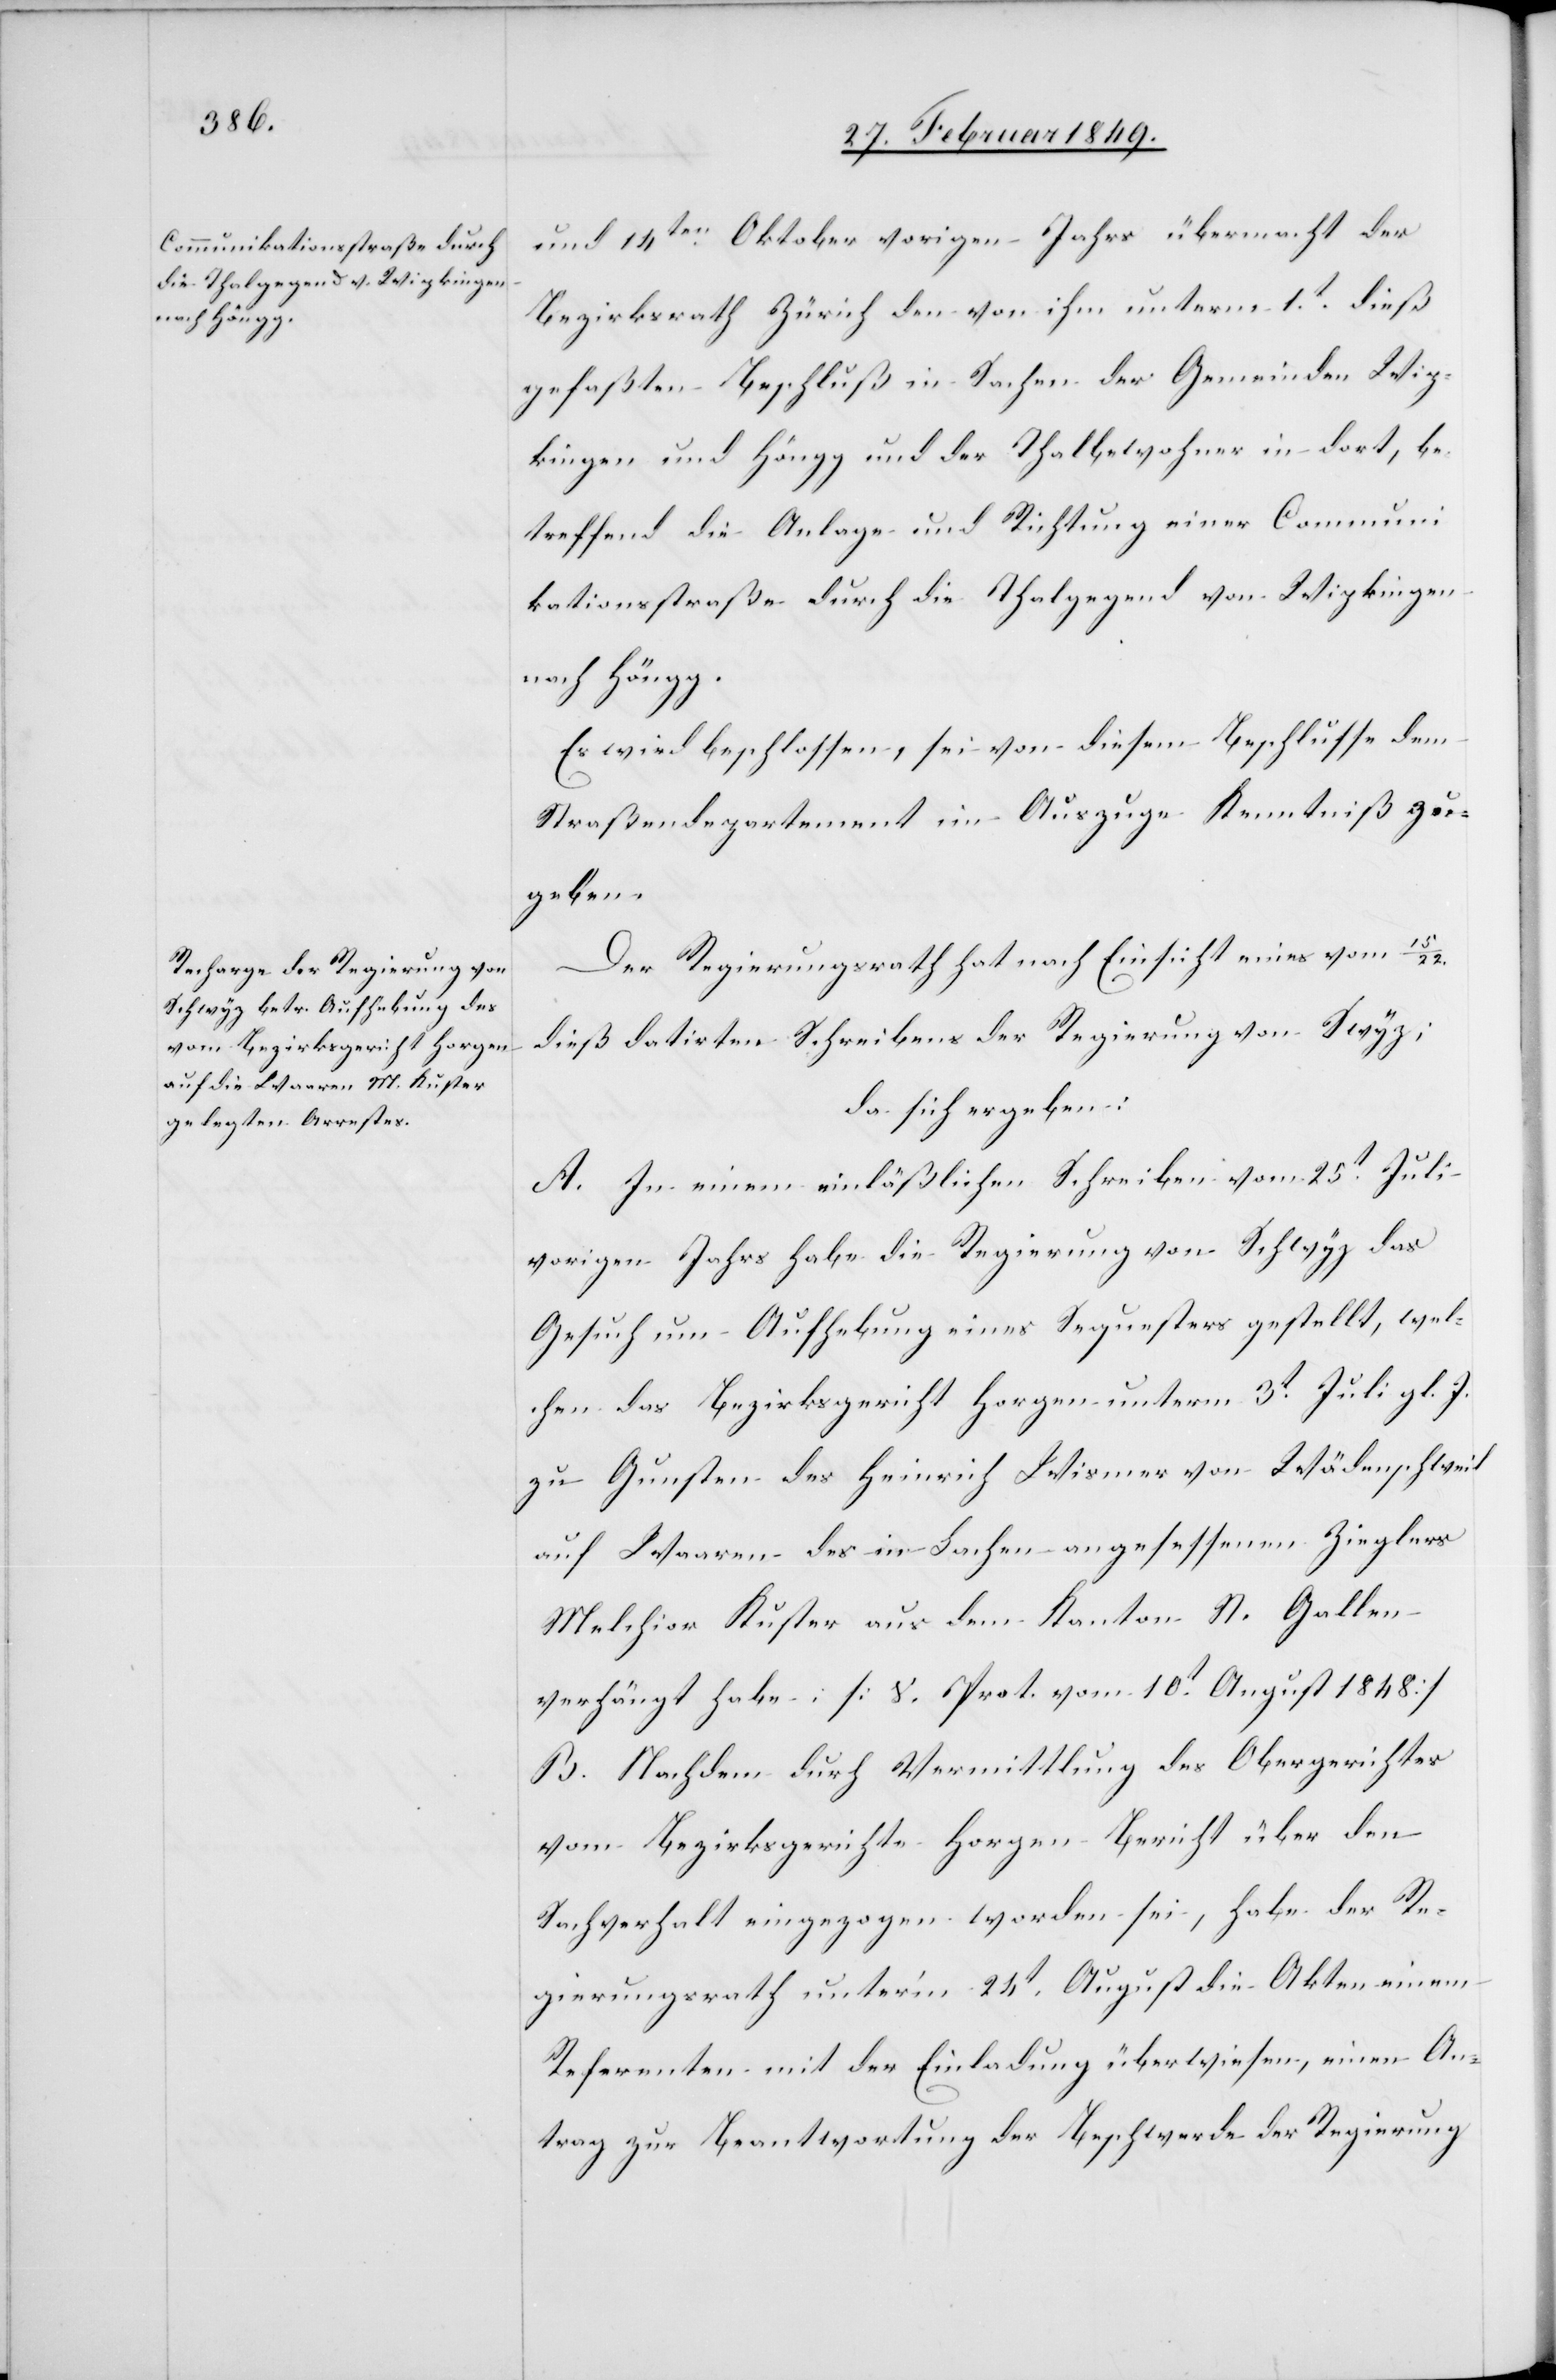
und 14ten. Oktober vorigen Jahrs übermacht der
Bezirksrath Zürich den von ihm unterm 1.t. dieß
gefaßten Beschluß in Sachen der Gemeinden Wip¬
kingen und Höngg und der Thalbewohner in dort, be¬
treffend die Anlage und Richtung einer Communi¬
kationsstraße durch die Thalgegend von Wipkingen
nach Höng.
Es wird beschlossen, sei von diesem Beschlusse dem
Straßendepartement im Auszuge Kenntniß ge¬
geben.
Der Regierungsrath hat nach Einsicht eines vom 15/22.
dieß datirten Schreibens der Regierung von Schwyz;
da sich ergeben:
A. In einem einläßlichen Schreiben vom 25t. Juli
vorigen Jahrs habe die Regierung von Schwyz das
Gesuch um Aufhebung eines Sequesters gestellt, wel¬
chen das Bezirksgericht Horgen unterm 3t. Juli gl. J.
zu Gunsten des Heinrich Wismer von Wädenschweil
auf Waaren des in Lachen angesessenen Zieglers
Melchior Kuster aus dem Kanton St. Gallen
verhängt habe; [S. Prot. vom 10t. August 1848]
B. Nachdem durch Vermittlung des Obergerichtes
vom Bezirksgerichte Horgen Bericht über den
Sachverhalt eingezogen worden sei, habe der Re¬
gierungsrath unter’m 24t. August die Akten einem
Referenten mit der Einladung überwiesen, einen An¬
trag zur Beantwortung der Beschwerde der Regierung